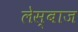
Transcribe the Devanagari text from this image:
लेस्बाज